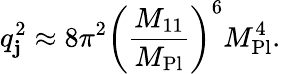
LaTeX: q_{\mathbf{j}}^{2}\approx8\pi^{2}\left(\frac{{M_{11}}}{{M_{\mathrm{{Pl}}}}}\right)^{6}M_{\mathrm{{Pl}}}^{4}.